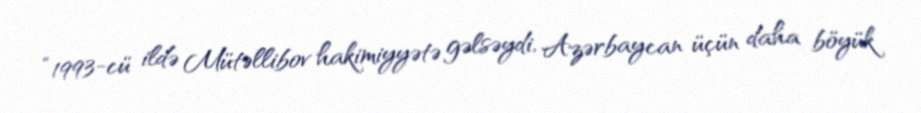
“1993-cü ildə Mütəllibov hakimiyyətə gəlsəydi, Azərbaycan üçün daha böyük